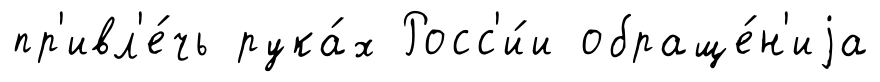
пр'ивл'е́чь рука́х Росс'и́и обраще́н'иjа